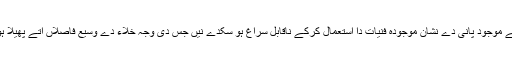
چٹانی سیاراں دی سطح اُتے موجود پانی دے نشان موجودہ فنیات دا استعمال کرکے ناقابل سراغ ہو سکدے نيں جس دی وجہ خلاء دے وسیع فاصلاں اُتے پھیلا ہويا کثیف کرۂ فضائی اے ۔